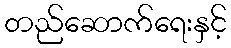
တည်ဆောက်ရေးနှင့်